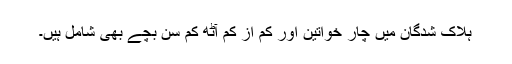
ہلاک شدگان میں چار خواتین اور کم از کم آٹھ کم سن بچے بھی شامل ہیں۔